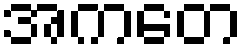
အကတေ